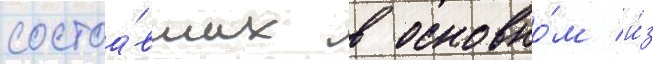
состоа́вших в основно́м и́з